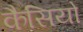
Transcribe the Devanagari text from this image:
कैसियो